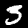
Label: 3